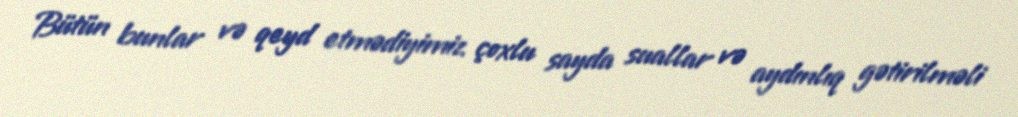
Bütün bunlar və qeyd etmədiyimiz çoxlu sayda suallar və aydınlıq gətirilməli